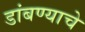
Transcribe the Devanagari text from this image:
डांबण्याचे